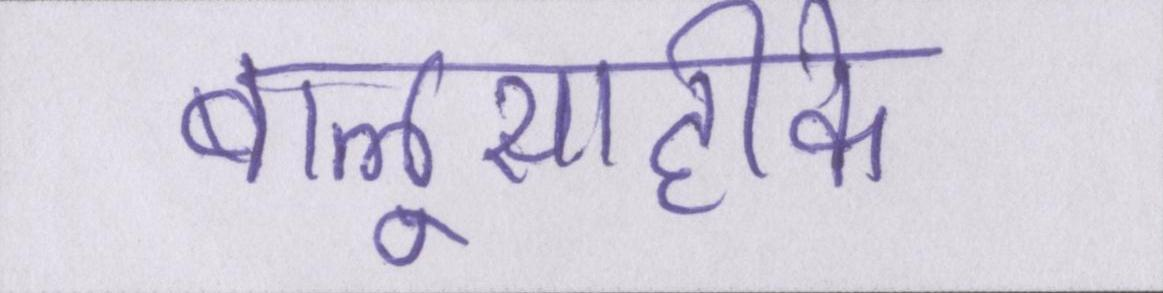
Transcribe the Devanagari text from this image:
बालूसाहीके